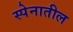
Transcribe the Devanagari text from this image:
स्पेनातील